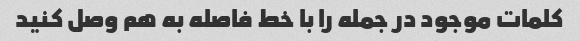
کلمات موجود در جمله را با خط فاصله به هم وصل کنید